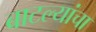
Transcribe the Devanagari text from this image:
बाटल्यांचा